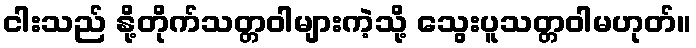
ငါးသည် နို့တိုက်သတ္တဝါများကဲ့သို့ သွေးပူသတ္တဝါမဟုတ်။